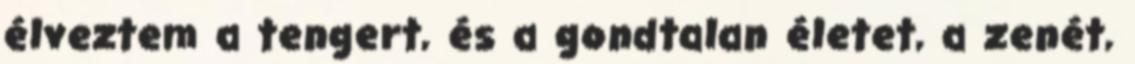
élveztem a tengert, és a gondtalan életet, a zenét,